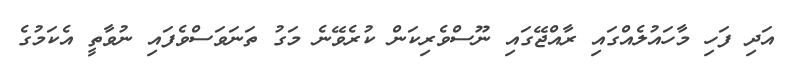
އަދި ފަހި މާހައުލެއްގައި ރާއްޖޭގައި ނޫސްވެރިކަން ކުރެވޭނެ މަގު ތަނަވަސްވެފައި ނުވާތީ އެކަމުގެ